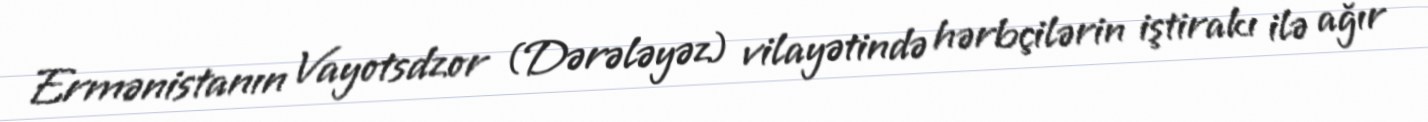
Ermənistanın Vayotsdzor (Dərələyəz) vilayətində hərbçilərin iştirakı ilə ağır